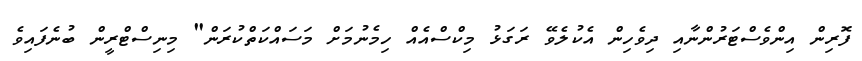
ފޮރިން އިންވެސްޓަރުންނާއި ދިވެހިން އެކުލެވޭ ރަގަޅު މިކްސްއެއް ހިމެނުމަށް މަސައްކަތްކުރަން" މިނިސްޓްރީން ބުނެފައިވެ